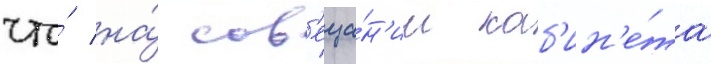
что́ на́ сов'еща́н'ии каб'ин'е́та